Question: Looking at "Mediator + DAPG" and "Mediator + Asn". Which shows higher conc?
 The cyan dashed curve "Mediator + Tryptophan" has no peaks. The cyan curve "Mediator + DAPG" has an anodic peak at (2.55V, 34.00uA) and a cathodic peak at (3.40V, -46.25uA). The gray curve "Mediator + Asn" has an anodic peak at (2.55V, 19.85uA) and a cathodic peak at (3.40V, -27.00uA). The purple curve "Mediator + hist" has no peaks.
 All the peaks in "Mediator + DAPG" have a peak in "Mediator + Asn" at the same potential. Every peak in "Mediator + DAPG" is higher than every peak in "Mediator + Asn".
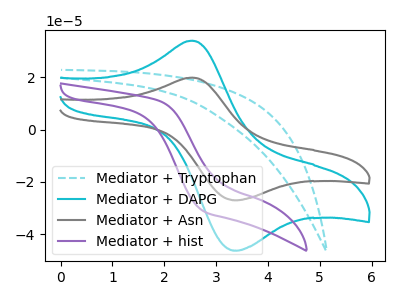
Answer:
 <answer>"Mediator + DAPG" has more signal than "Mediator + Asn" and so likely has a higher concentration.</answer>
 <eval>more_concentration</eval>